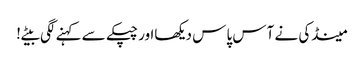
مینڈکی نے آس پاس دیکھااور چپکے سے کہنے لگی بیٹے!